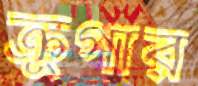
ক্রুগার